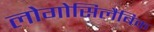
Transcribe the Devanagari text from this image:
लोगोसिलैबिक